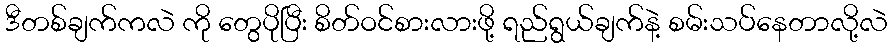
ဒီတစ်ချက်ကလဲ ကို တွေပိုပြီး စိတ်ဝင်စားလားဖို့ ရည်ရွယ်ချက်နဲ့ စမ်းသပ်နေတာလို့လဲ